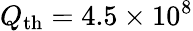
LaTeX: Q_{\mathrm{th}}=4.5\times 10^{8}